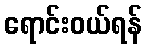
ရောင်းဝယ်ရန်